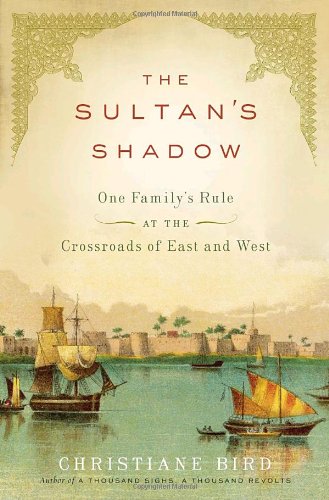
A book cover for The Sultan's Shadow: One Family's Rule at the Crossroads of East and West; Christiane Bird; History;